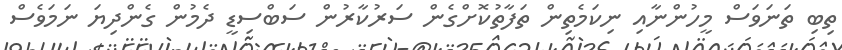
ތިބި ތަނަވަސް މީހުންނާއި ނިކަމެތިން ތަފާތުކޮށްގެން ސަރުކާރުން ސަބްސިޑީ ދެމުން ގެންދިޔަ ނަމަވެސް